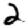
Digit: 2